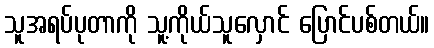
သူအရပ်ပုတာကို သူ့ကိုယ်သူလှောင် ပြောင်ပစ်တယ်။